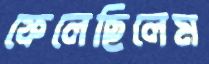
ফেলেছিলেম